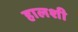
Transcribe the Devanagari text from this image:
हालशी